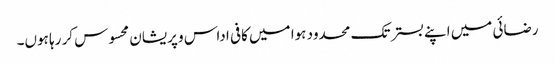
رضائی میں اپنے بستر تک محدود ہوا میں کافی اداس و پریشان محسوس کر رہا ہوں۔